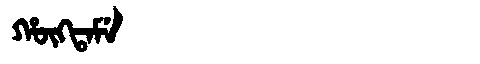
Manchu: ᡥᡡᡴᡨᠠᠮᡝ
Romanization: HŪKTAME